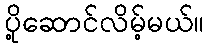
ပို့ဆောင်လိမ့်မယ်။